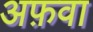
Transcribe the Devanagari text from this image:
अफ़वा